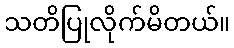
သတိပြုလိုက်မိတယ်။